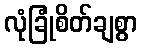
လုံခြုံစိတ်ချစွာ